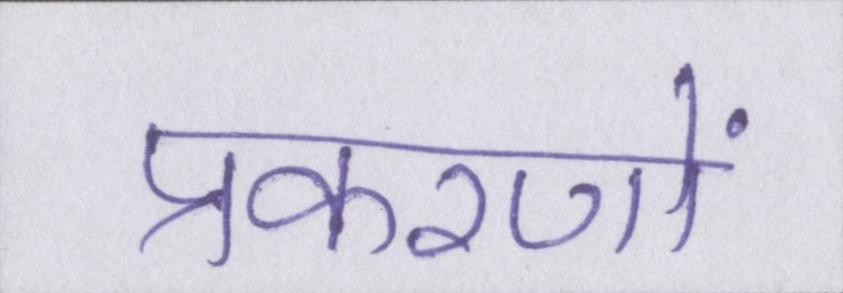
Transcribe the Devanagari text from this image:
प्रकरणों